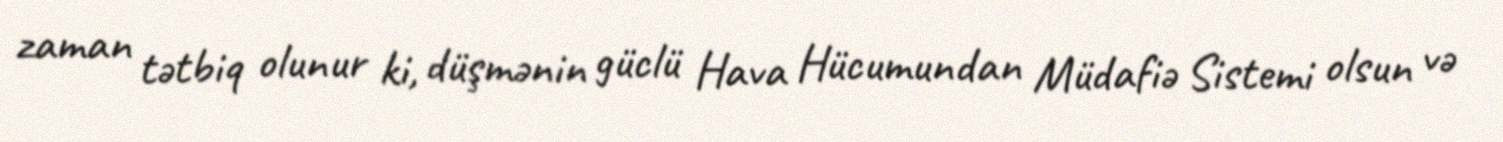
zaman tətbiq olunur ki, düşmənin güclü Hava Hücumundan Müdafiə Sistemi olsun və